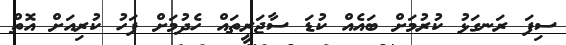
ސިފަ ރަނގަޅު ކުރުމަށް ބައެއް ކުޑަ ސާޖަރީތައް ހެދުމަށް ފަހު ކުރިއަށް އޮތް